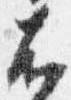
右